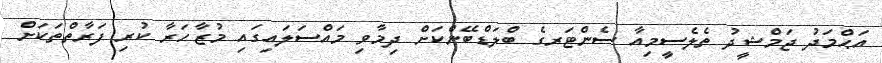
އަޙްމަދު ޖަމްޝީދު ތެލެސީމިއާ ސެންޓަރގެ ބްލަޑްބޭންކަށް ދިމާވި މައްސަލައިގައި މުޒާހަރާ ކުރި ފަރާތްތަކަށް